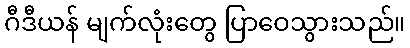
ဂီဒီယန် မျက်လုံးတွေ ပြာဝေသွားသည်။